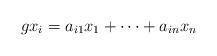
LaTeX: \begin{align*}gx_i=a_{i1}x_1+\cdots +a_{in}x_n\end{align*}